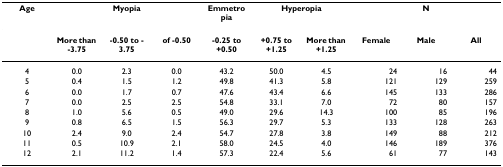
| Age | <COLSPAN=3> Myopia | Emmetropia | <COLSPAN=2> Hyperopia | <COLSPAN=3> N |
 | --- | --- | --- | --- | --- | --- | --- | --- | --- | --- |
 |  | More than -3.75 | -0.50 to -3.75 | of -0.50 | -0.25 to +0.50 | +0.75 to +1.25 | More than +1.25 | Female | Male | All |
 | 4 | 0.0 | 2.3 | 0.0 | 43.2 | 50.0 | 4.5 | 24 | 16 | 44 |
 | 5 | 0.4 | 1.5 | 1.2 | 49.8 | 41.3 | 5.8 | 121 | 129 | 259 |
 | 6 | 0.0 | 1.7 | 0.7 | 47.6 | 43.4 | 6.6 | 145 | 133 | 286 |
 | 7 | 0.0 | 2.5 | 2.5 | 54.8 | 33.1 | 7.0 | 72 | 80 | 157 |
 | 8 | 1.0 | 5.6 | 0.5 | 49.0 | 29.6 | 14.3 | 100 | 85 | 196 |
 | 9 | 0.8 | 6.5 | 1.5 | 56.3 | 29.7 | 5.3 | 133 | 128 | 263 |
 | 10 | 2.4 | 9.0 | 2.4 | 54.7 | 27.8 | 3.8 | 149 | 88 | 212 |
 | 11 | 0.5 | 10.9 | 2.1 | 58.0 | 24.5 | 4.0 | 146 | 189 | 376 |
 | 12 | 2.1 | 11.2 | 1.4 | 57.3 | 22.4 | 5.6 | 61 | 77 | 143 |